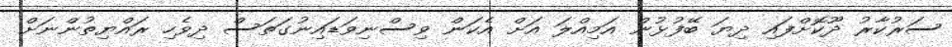
ސަރުކާރު ދޫކޮށްފައި ދިޔަ ބޭފުޅުން އަމިއްލަ އަށް އެކަން ވިސްނިވަޑައިނުގަތަސް ދިވެހި ރައްޔިތުންނަށް